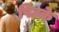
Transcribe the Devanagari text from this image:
पिटके